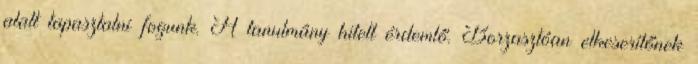
alatt tapasztalni fogunk. A tanulmány hitelt érdemlő. Borzasztóan elkeserítőnek